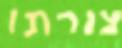
צורתו